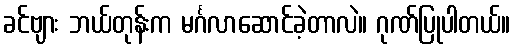
ခင်ဗျား ဘယ်တုန်းက မင်္ဂလာဆောင်ခဲ့တာလဲ။ ဂုဏ်ပြုပါတယ်။